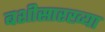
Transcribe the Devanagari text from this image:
बशीसारख्या